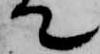
て